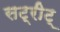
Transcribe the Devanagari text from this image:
सट्रीट्